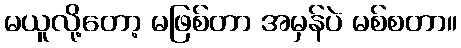
မယူလို့တော့ မဖြစ်တာ အမှန်ပဲ မစ်စတာ။